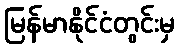
မြန်မာနိုင်ငံတွင်းမှ